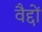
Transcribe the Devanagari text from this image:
वैद्दों